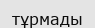
тұрмады